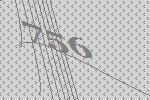
756